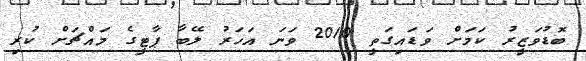
ބޮޑުވަޒީރު ކަމަށް ވަޑައިގަތީ 2010 ވަނަ އަހަރު ލޭބާ ޕާޓީގެ މައްޗަށް ކުރި